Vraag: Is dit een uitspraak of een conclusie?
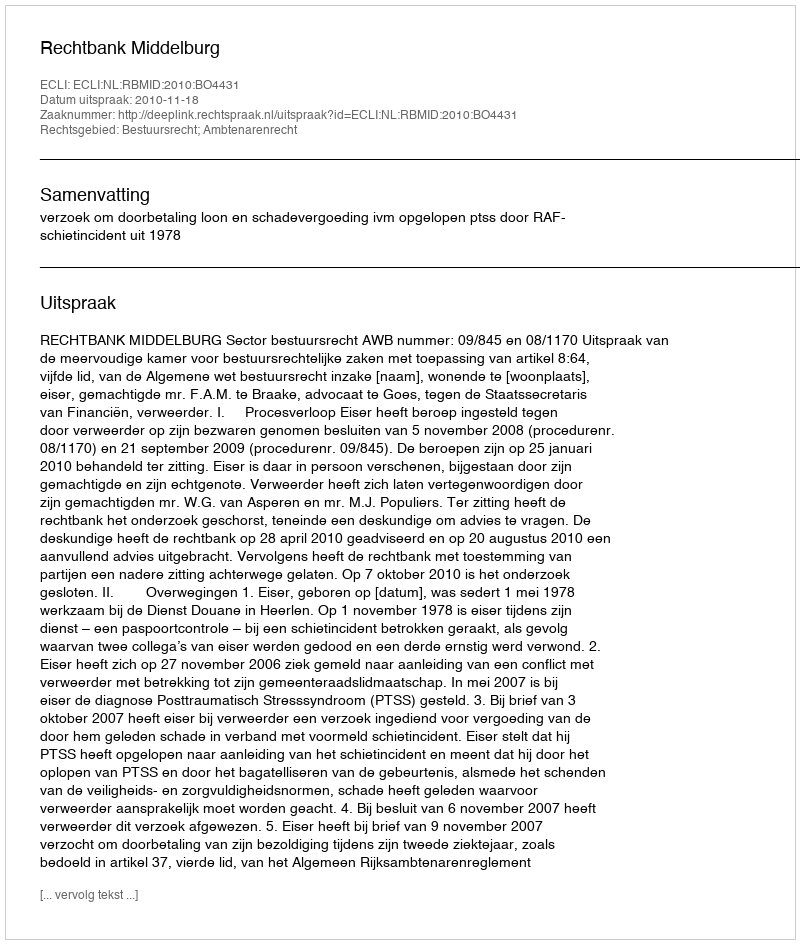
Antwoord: Uitspraak